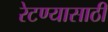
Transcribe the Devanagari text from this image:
रेटण्यासाठी